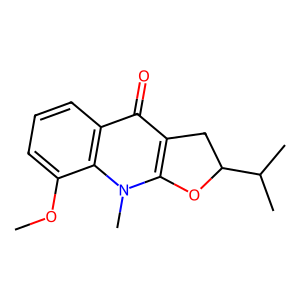
SMILES: COc1cccc2c(=O)c3c(n(C)c12)OC(C(C)C)C3
Inhibits HIV replication: No